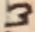
Text: 3